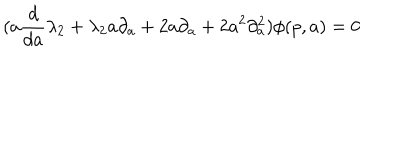
LaTeX: ( a \frac { d } { d a } \lambda _ { 2 } + \lambda _ { 2 } a \partial _ { a } + 2 a \partial _ { a } + 2 a ^ { 2 } \partial _ { a } ^ { 2 } ) \phi ( p , a ) = 0